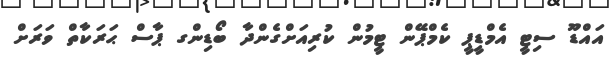
އައްޑޫ ސިޓީ އެމްޑީޕީ ކެމްޕޭން ޓީމުން ކުރިއަށްގެންދާ ބޯޑިންގ ޕާސް ޙަރަކާތް ވަރަށް